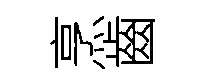
烹齒